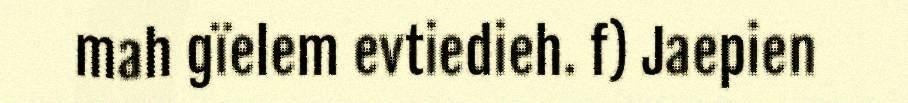
mah gïelem evtiedieh. f) Jaepien